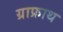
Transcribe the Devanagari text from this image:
ग्राफ्राथ